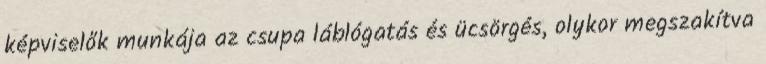
képviselők munkája az csupa láblógatás és ücsörgés, olykor megszakítva